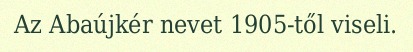
Az Abaújkér nevet 1905-től viseli.